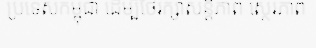
ប្រទេសកម្ពុជា ដើម្បីថែរក្សាសន្តិភាព ស្ថេរភាព